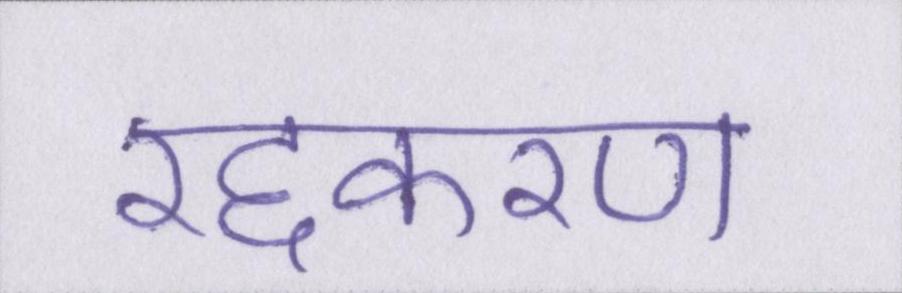
रद्दकरण